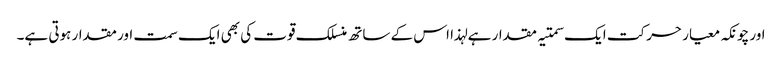
اور چونکہ معیار حرکت ایک سمتیہ مقدار ہے لہذا اس کے ساتھ منسلک قوت کی بھی ایک سمت اور مقدار ہوتی ہے۔